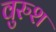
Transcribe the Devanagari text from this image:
वुरुश